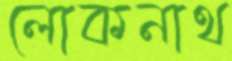
লোকনাথ